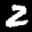
Label: 2